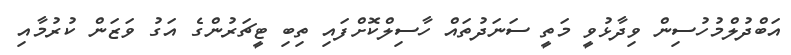
އަބްދުލްމުހުސިން ވިދާޅުވީ މަތީ ސަނަދުތައް ހާސިލްކޮށްފައި ތިބި ޓީޗަރުންގެ އަގު ވަޒަން ކުރުމާއި